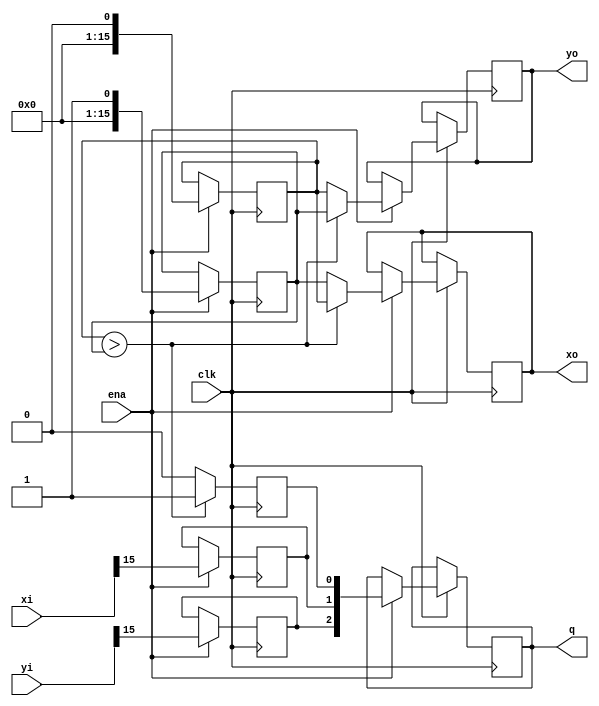
module pre(
        clk,
        ena,
        xi,
        yi,
        xo,
        yo,
        q
    );
    input clk;
    input ena;
    input signed [15:0] xi;
    input signed [15:0] yi;
    output [15:0] xo;
    output [15:0] yo;
    output [2:0] q;
    function  CONV_UNSIGNED_48_32;
        input [47:0] arg;
        input [31:0] size;
    begin
    end
    endfunction 
    reg [15:0]xint1;
    reg xneg;
    reg [15:0]yint1;
    reg yneg;
    reg swap;
    reg [15:0]xo;
    reg [15:0]yo;
    reg [2:0]q;
    always @ (  posedge clk)
    begin : Step1
        if ( clk ) 
        begin
            if ( ena == 1'b1 ) 
            begin
                xint1 <= CONV_UNSIGNED_48_32(( ( ( xi < 0 ) ) ? ( (  -( 1) * xi ) ) : ( xi ) ),16);
                xneg <= xi[15];
                yint1 <= CONV_UNSIGNED_48_32(( ( ( yi < 0 ) ) ? ( (  -( 1) * yi ) ) : ( yi ) ),16);
                yneg <= yi[15];
            end
        end
    end
    always @ (  posedge clk)
    begin : Step2
        reg [15:0]xint2;
        reg [15:0]yint2;
        if ( yint1 > xint1 ) 
        begin
            swap <= 1'b1;
            xint2 = yint1;
            yint2 = xint1;
        end
        else
        begin 
            swap <= 1'b0;
            xint2 = xint1;
            yint2 = yint1;
        end
        if ( clk ) 
        begin
            if ( ena == 1'b1 ) 
            begin
                xo <= xint2;
                yo <= yint2;
                q <= { yneg, xneg, swap };
            end
        end
    end
endmodule